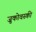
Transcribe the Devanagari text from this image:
ज़ुकोवस्की